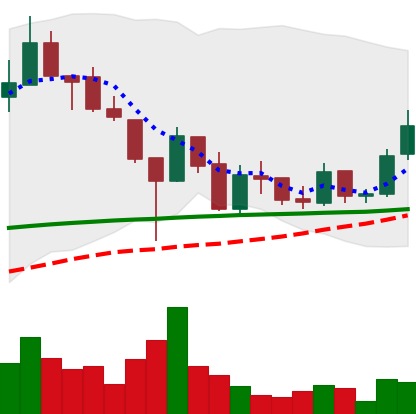
Ticker: LINK-USD
Chart end date: 2019-02-09
Forward return: -7.744%
Label: down_7plus